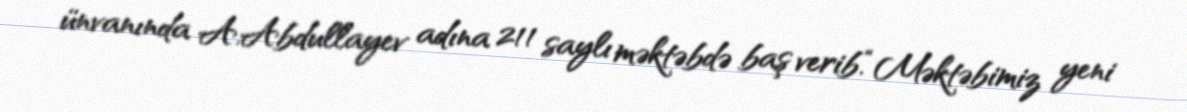
ünvanında A.Abdullayev adına 211 saylı məktəbdə baş verib.“Məktəbimiz yeni